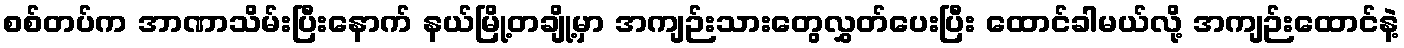
စစ်တပ်က အာဏာသိမ်းပြီးနောက် နယ်မြို့တချို့မှာ အကျဉ်းသားတွေလွှတ်ပေးပြီး ထောင်ခါမယ်လို့ အကျဉ်းထောင်နဲ့